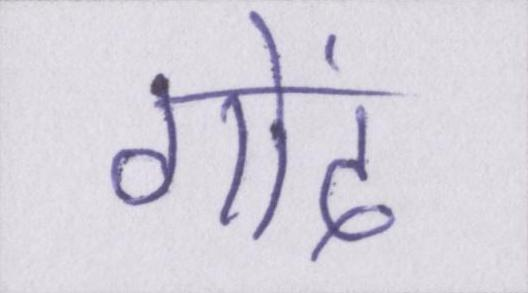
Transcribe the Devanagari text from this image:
गोंद